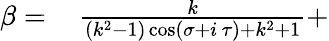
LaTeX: \begin{array}{rl}{\beta=\, }&{{}\frac{k}{(k^{2}-1)\cos\left(\sigma+i\, \tau\right)+k^{2}+1}+}\end{array}